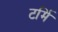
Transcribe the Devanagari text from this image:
टर्मि